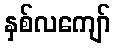
နှစ်လကျော်